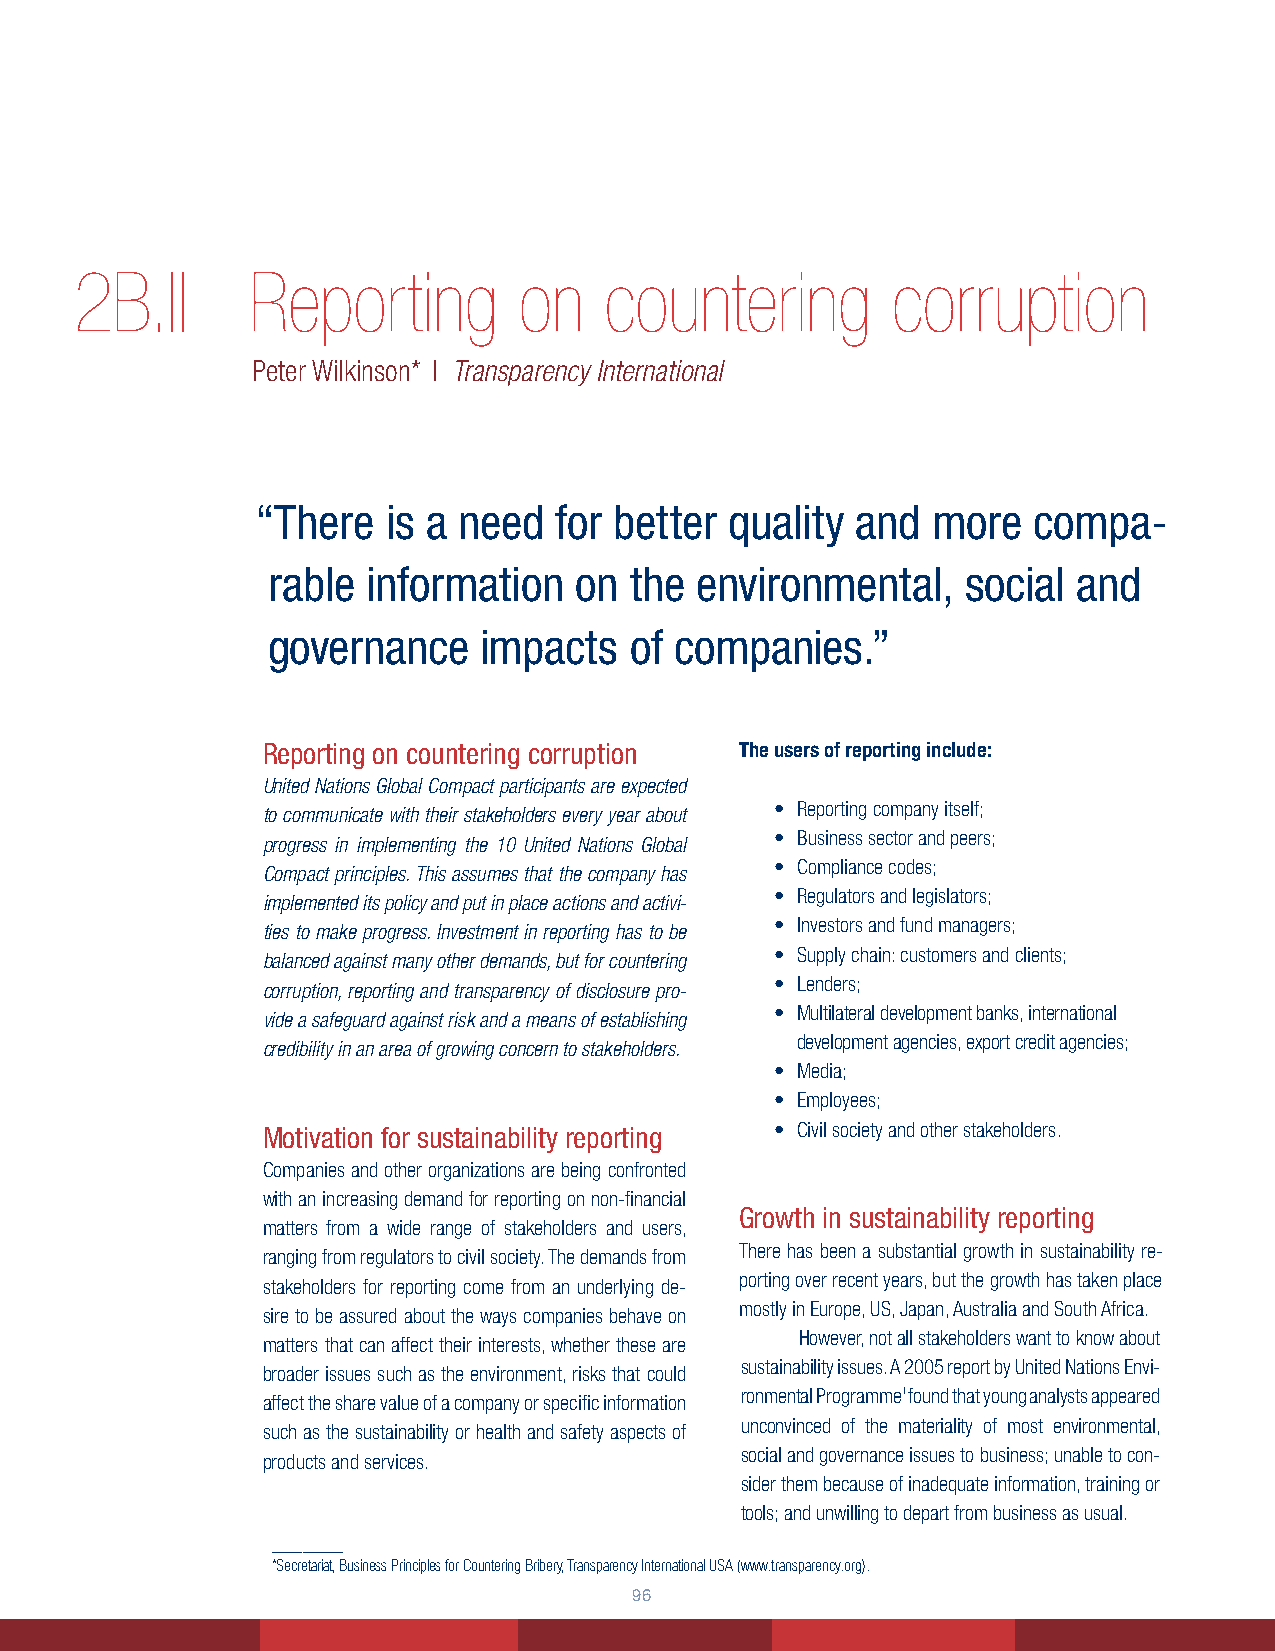
2B.II      Reporting         on    countering         corruption
 Peter Wilkinson* | Transparency International
 “There   is a need  for better quality  and  more  compa-
 rable information   on  the environmental,    social and
 governance    impacts   of companies.”
 Reporting on countering corruption The users of reporting include:
 United Nations Global Compact participants are expected
 • Reporting company itself;
 to communicate with their stakeholders every year about
 • Business sector and peers;
 progress in implementing the 10 United Nations Global
 • Compliance codes;
 Compact principles. This assumes that the company has
 • Regulators and legislators;
 implemented its policy and put in place actions and activi-
 • Investors and fund managers;
 ties to make progress. Investment in reporting has to be
 • Supply chain: customers and clients;
 balanced against many other demands, but for countering
 • Lenders;
 corruption, reporting and transparency of disclosure pro-
 • Multilateral development banks, international
 vide a safeguard against risk and a means of establishing
 development agencies, export credit agencies;
 credibility in an area of growing concern to stakeholders.
 • Media;
 • Employees;
 Motivation for sustainability reporting • Civil society and other stakeholders.
 Companies and other organizations are being confronted
 with an increasing demand for reporting on non-financial
 Growth in sustainability reporting
 matters from a wide range of stakeholders and users,
 There has been a substantial growth in sustainability re-
 ranging from regulators to civil society. The demands from
 porting over recent years, but the growth has taken place
 stakeholders for reporting come from an underlying de-
 mostly in Europe, US, Japan, Australia and South Africa.
 sire to be assured about the ways companies behave on
 However, not all stakeholders want to know about
 matters that can affect their interests, whether these are
 sustainability issues. A 2005 report by United Nations Envi-
 broader issues such as the environment, risks that could
 ronmental Programme1 found that young analysts appeared
 affect the share value of a company or specific information
 unconvinced of the materiality of most environmental,
 such as the sustainability or health and safety aspects of
 social and governance issues to business; unable to con-
 products and services.
 sider them because of inadequate information, training or
 tools; and unwilling to depart from business as usual.
 _______
 *Secretariat, Business Principles for Countering Bribery, Transparency International USA (www.transparency.org).
 6